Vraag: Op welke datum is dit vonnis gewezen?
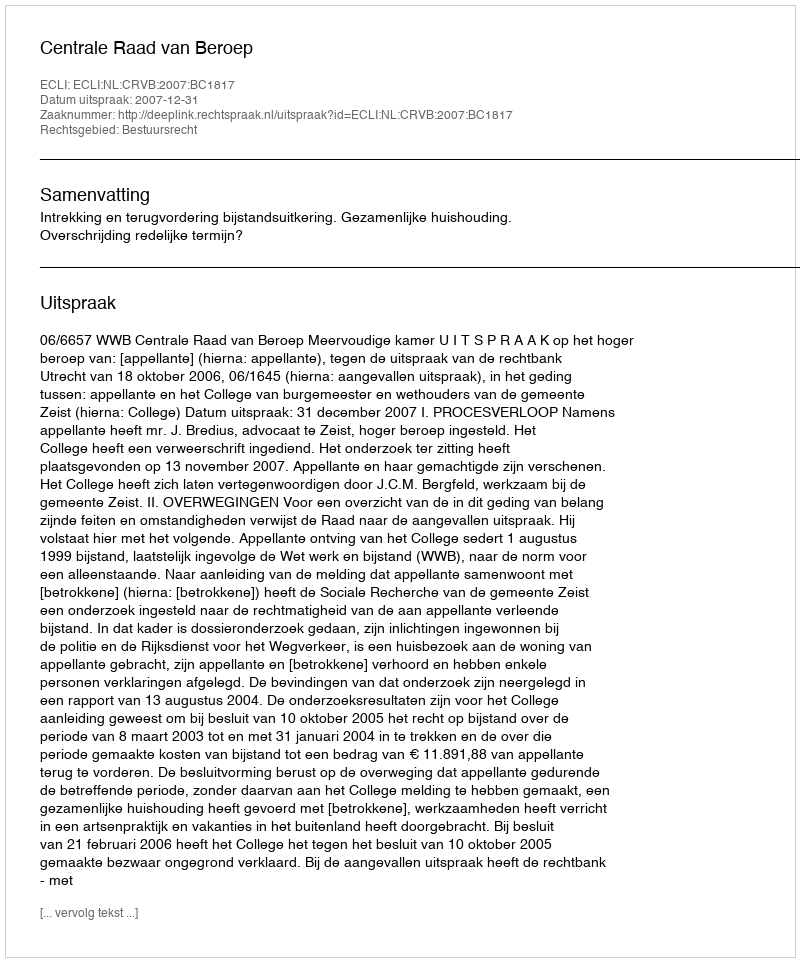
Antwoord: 2007-12-31